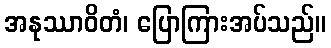
အနုဿာဝိတံ၊ ပြောကြားအပ်သည်။